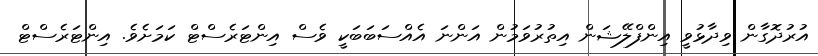
އުރުދޮގާން ވިދާޅުވީ އިންފްލޭޝަން އިތުރުވަމުން އަންނަ އެއްސަބަބަކީ ވެސް އިންޓަރެސްޓް ކަމަށެވެ. އިންޓަރެސްޓް